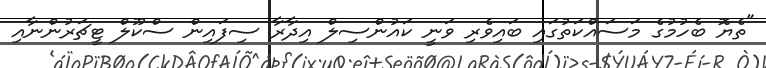
"ތެޔޮ ބެހުމުގެ މަސައްކަތުގައި ބައިވެރި ވަނީ ކައުންސިލް އިދާރާ ސިފައިން ސްކޫލް ޓީޗަރުންނާއި